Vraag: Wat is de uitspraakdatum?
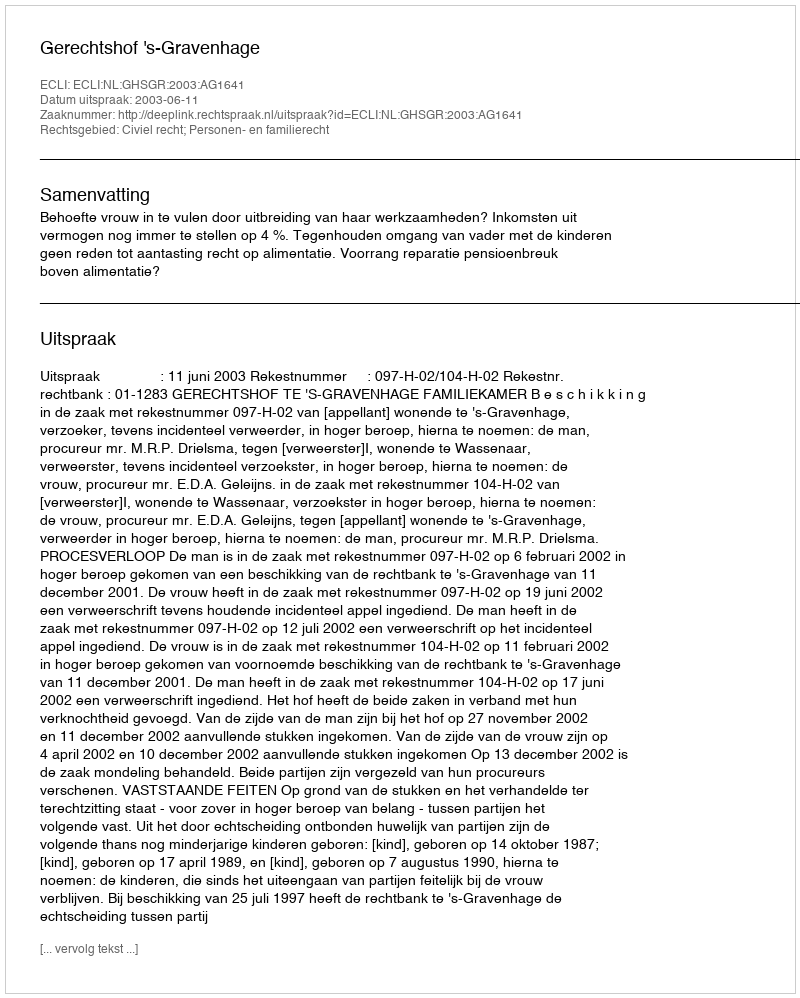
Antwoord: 2003-06-11